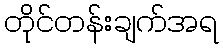
တိုင်တန်းချက်အရ